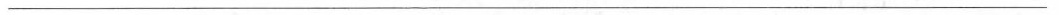
___